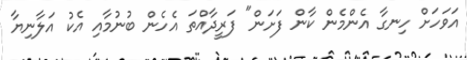
އަވަހަށް ހިނގާ އެންމެން ކާން ފަށަން" ފަރީދާއްތަ އެހެން ބުނުމާއި އެކު އަލާނިޔާ